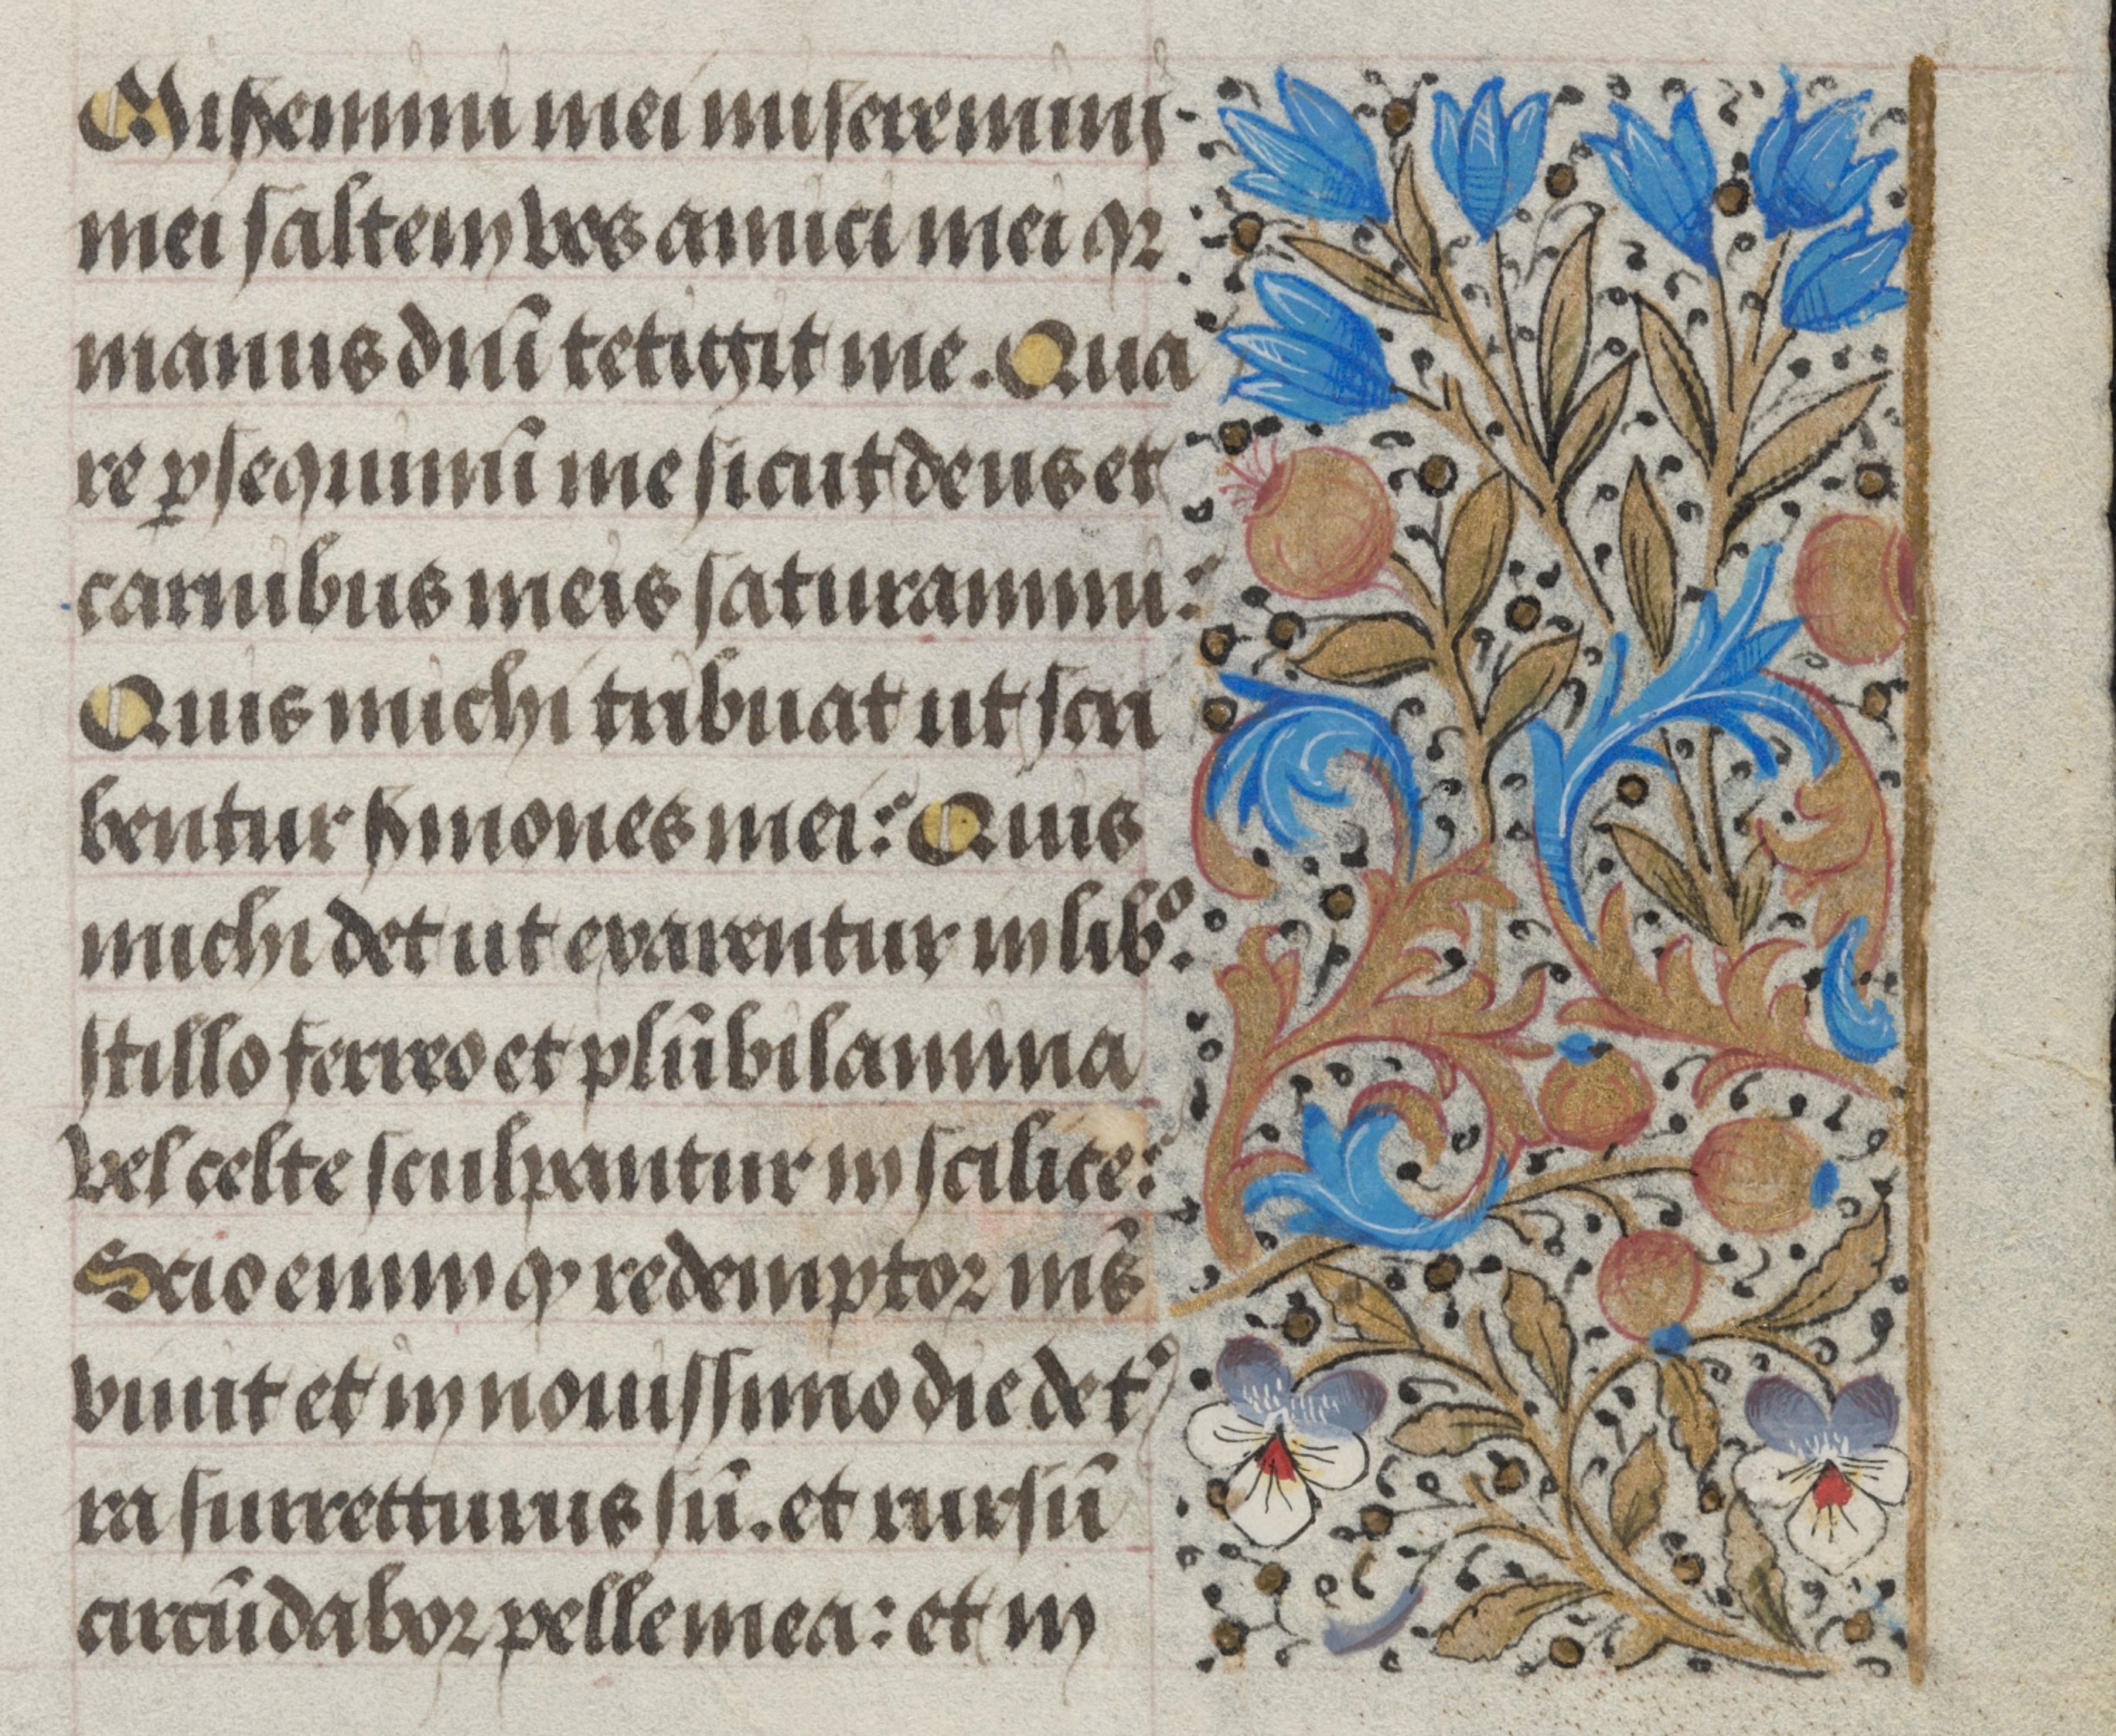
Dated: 1450–1474